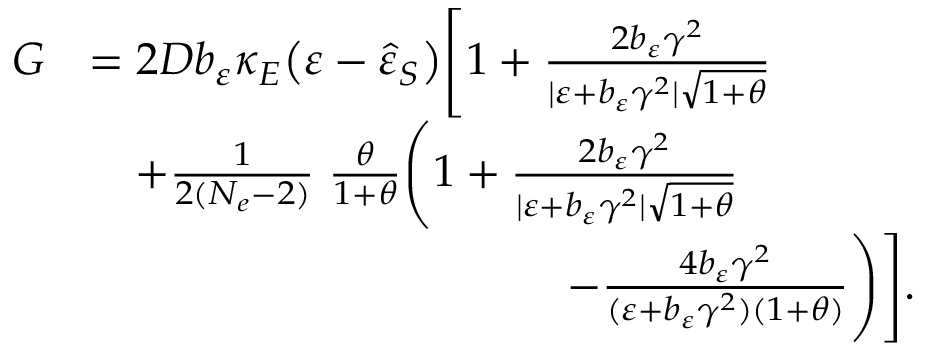
\begin{array} { r l } { G } & { = 2 D b _ { \varepsilon } \kappa _ { E } \big ( \varepsilon - \hat { \varepsilon } _ { S } \big ) \Bigg [ 1 + \frac { 2 b _ { \varepsilon } \gamma ^ { 2 } } { \vert \varepsilon + b _ { \varepsilon } \gamma ^ { 2 } \vert \sqrt { 1 + \theta } } } \\ & { \quad + \frac { 1 } { 2 ( N _ { e } - 2 ) } \; \frac { \theta } { 1 + \theta } \Bigg ( 1 + \frac { 2 b _ { \varepsilon } \gamma ^ { 2 } } { \vert \varepsilon + b _ { \varepsilon } \gamma ^ { 2 } \vert \sqrt { 1 + \theta } } } \\ & { \qquad \qquad \qquad \qquad \qquad \; \; - \frac { 4 b _ { \varepsilon } \gamma ^ { 2 } } { ( \varepsilon + b _ { \varepsilon } \gamma ^ { 2 } ) ( 1 + \theta ) } \Bigg ) \Bigg ] . } \end{array}